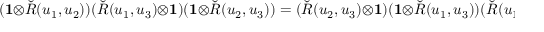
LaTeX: ( \mathbf { 1 } \otimes { \check { R } } ( u _ { 1 } , u _ { 2 } ) ) ( { \check { R } } ( u _ { 1 } , u _ { 3 } ) \otimes \mathbf { 1 } ) ( \mathbf { 1 } \otimes { \check { R } } ( u _ { 2 } , u _ { 3 } ) ) = ( { \check { R } } ( u _ { 2 } , u _ { 3 } ) \otimes \mathbf { 1 } ) ( \mathbf { 1 } \otimes { \check { R } } ( u _ { 1 } , u _ { 3 } ) ) ( { \check { R } } ( u _ { 1 } , u _ { 2 } ) \otimes \mathbf { 1 } )